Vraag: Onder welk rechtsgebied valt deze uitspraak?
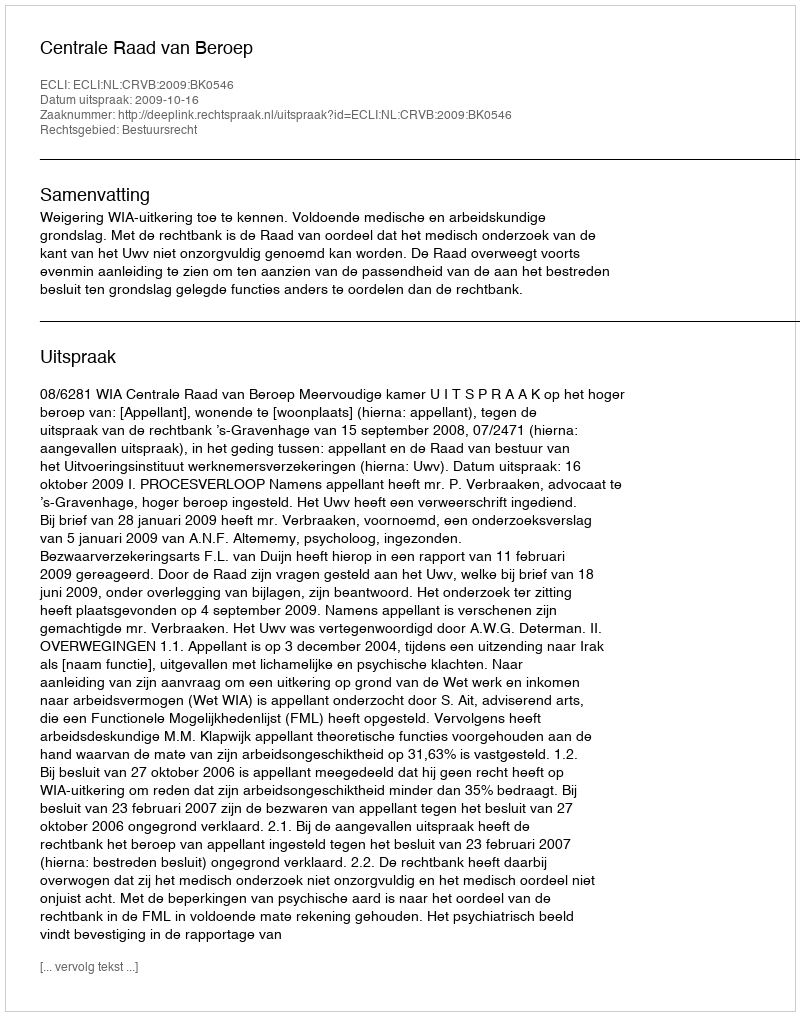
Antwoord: Bestuursrecht